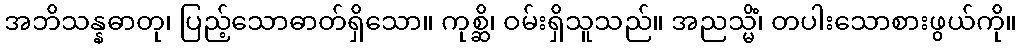
အဘိသန္နဓာတု၊ ပြည့်သောဓာတ်ရှိသော။ ကုစ္ဆိ၊ ဝမ်းရှိသူသည်။ အညသ္မိံ၊ တပါးသောစားဖွယ်ကို။